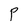
Character: P